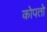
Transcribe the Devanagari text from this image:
कोपतो